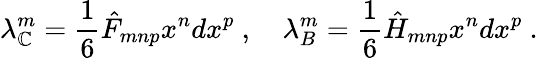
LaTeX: \lambda_{\mathbb{C}}^{m}=\frac{{1}}{{6}}\hat{{F}}_{mnp}x^{n}dx^{p}\ ,\quad\lambda_{B}^{m}=\frac{{1}}{{6}}\hat{{H}}_{mnp}x^{n}dx^{p}\ .